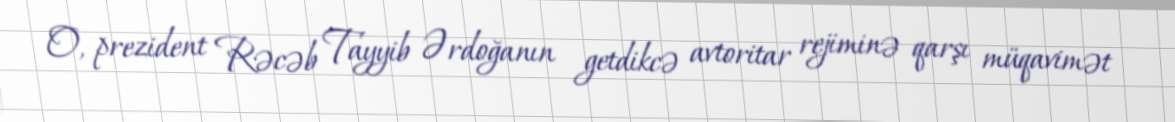
O, prezident Rəcəb Tayyib Ərdoğanın getdikcə avtoritar rejiminə qarşı müqavimət